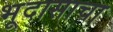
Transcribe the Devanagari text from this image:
भूदासाचा